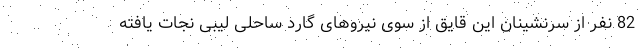
82 نفر از سرنشینان این قایق از سوی نیروهای گارد ساحلی لیبی نجات یافته